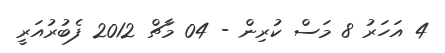
4 އަހަރު 8 މަސް ކުރިން - 04 މާޗް 2012 ފެބުރުއަރީ